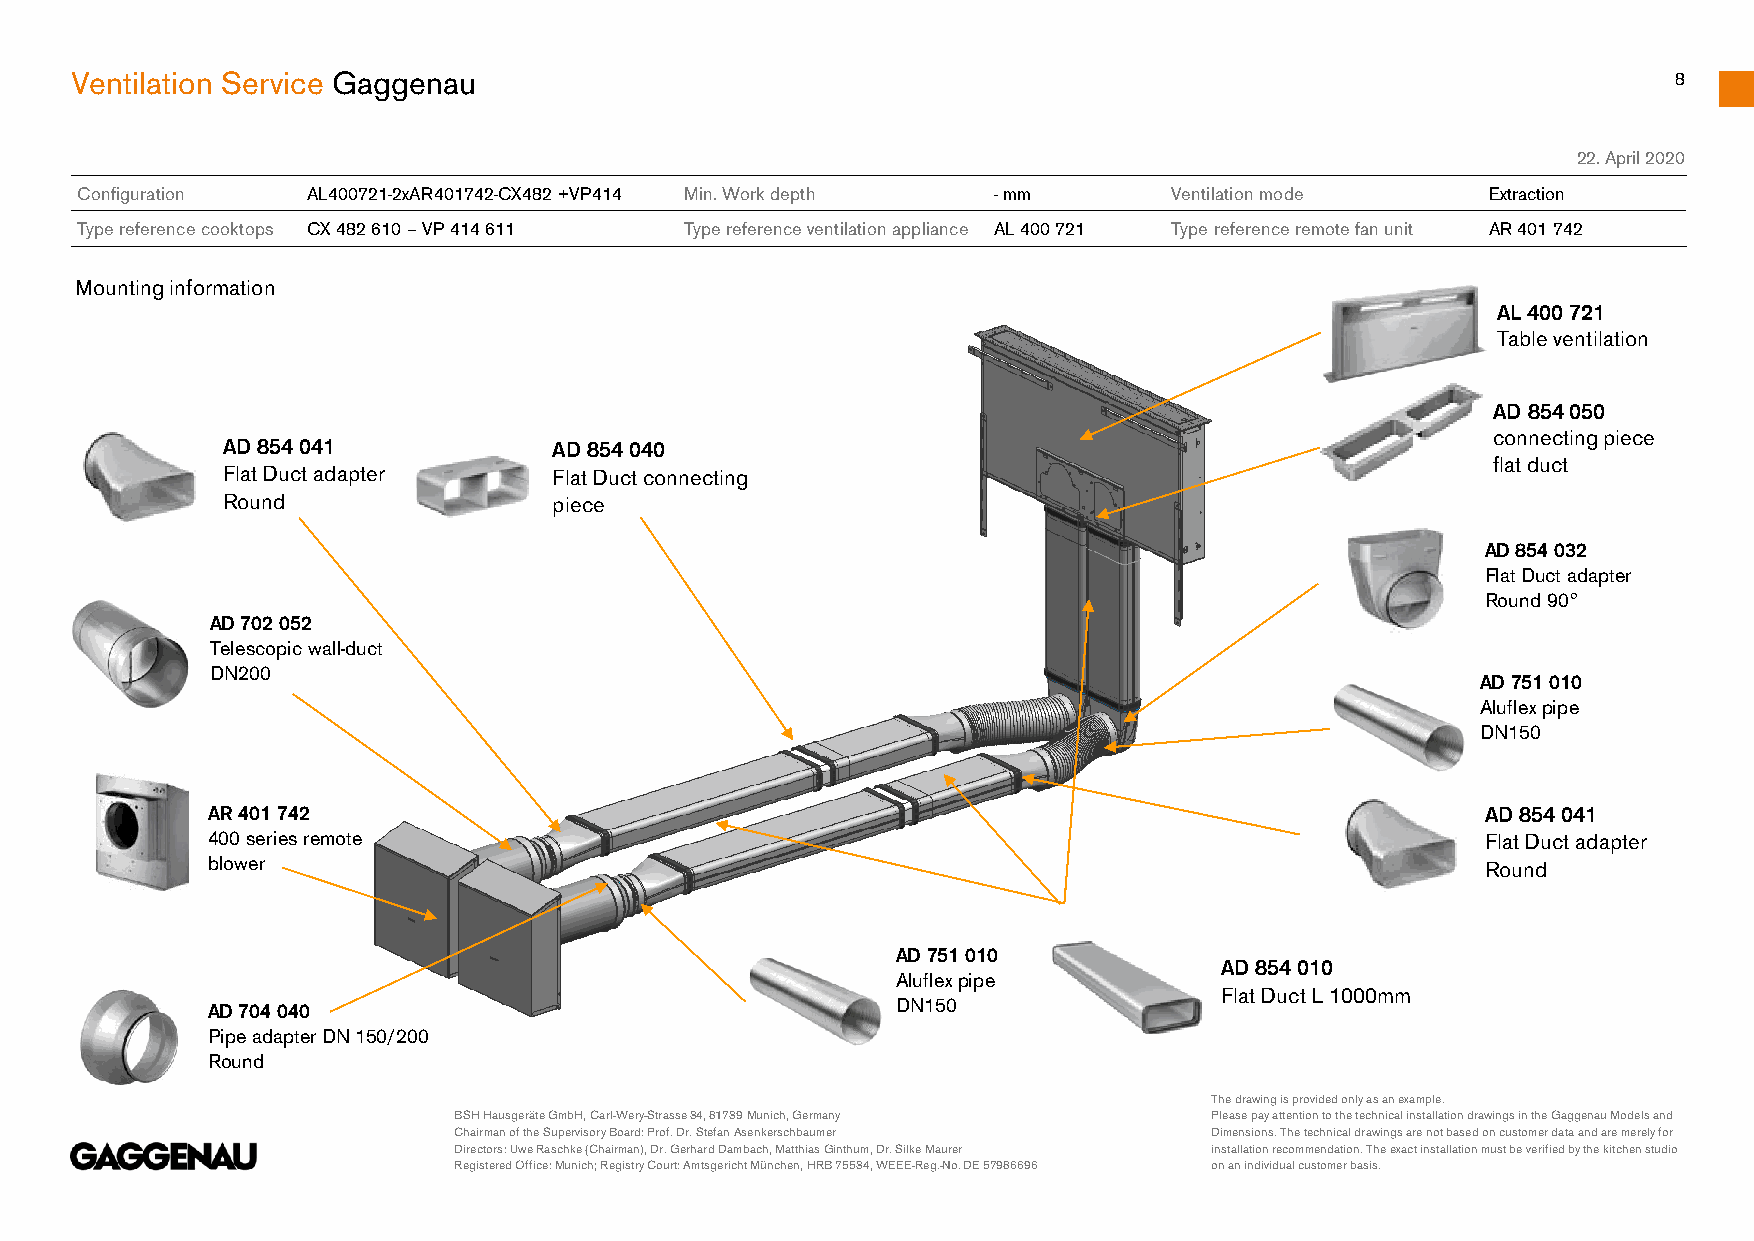
Ventilation Service Gaggenau                                                                              8
 22.April 2020
 Configuration  AL400721-2xAR401742-CX482 +VP414 Min. Work depth -mm      Ventilation mode     Extraction
 Type reference cooktops CX 482 610 –VP 414 611 Type reference ventilation appliance AL 400 721 Type reference remote fan unit AR 401 742
 Mounting information
 AL 400 721
 Table ventilation
 AD 854 0
 50
 connecting piece
 AD 854 041            AD 854 040
 flat duct
 Flat Duct adapter     Flat Duct connecting
 Round                 piece
 AD 854 032
 Flat Duct adapter
 Round 90°
 AD 702 052
 Telescopic wall-duct
 DN200
 AD 751 010
 Aluflexpipe
 DN150
 AR 401 742                                                                          AD 854 041
 400 series remote                                                                   Flat Duct adapter
 blower                                                                              Round
 AD 751 010
 AD 854 010
 Aluflexpipe
 Flat Duct L 1000mm
 AD 704 040                                   DN150
 Pipe adapter DN 150/200
 Round
 The drawing is provided only as an example.
 BSH Hausgeräte GmbH, Carl-Wery-Strasse34, 81739 Munich, Germany Please pay attention to the technical installation drawings in the Gaggenau Models and
 Chairman oftheSupervisoryBoard: Prof. Dr. Stefan Asenkerschbaumer Dimensions. The technical drawings are not based on customer data and are merely for
 Directors: Uwe Raschke (Chairman), Dr. Gerhard Dambach, Matthias Ginthum, Dr. Silke Maurer installation recommendation. The exact installation must be verified by the kitchen studio
 Registered Office: Munich; Registry Court: Amtsgericht München, HRB 75534, WEEE-Reg.-No. DE 57986696 on an individual customer basis.